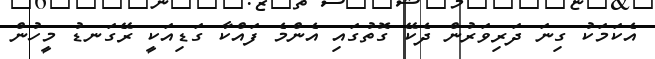
އެކަމަކު ގިނަ ދަރިވަރުން ދެކޭ ގޮތުގައި އެންމެ ފައްކާ ގަޑިއަކީ ރޭގަނޑު މީހުން